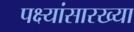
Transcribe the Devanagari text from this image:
पक्ष्यांसारख्या